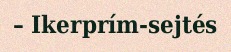
– Ikerprím-sejtés